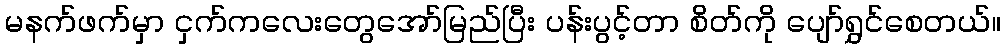
မနက်ဖက်မှာ ငှက်ကလေးတွေအော်မြည်ပြီး ပန်းပွင့်တာ စိတ်ကို ပျော်ရွှင်စေတယ်။